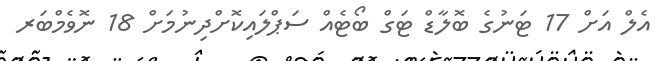
އެލް އަށް 17 ޓަނުގެ ބޮލާޑް ޓަގް ބޯޓެއް ސަޕްލައިކޮށްދިނުމަށް 18 ނޮވެމްބަރ